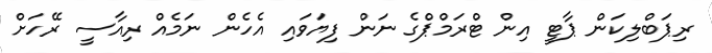
ރިޕަބްލިކަން ޕާޓީ އިން ޓްރަމްޕްގެ ނަން ފިޔަވައި އެހެން ނަމެއް ރިއާސީ ރޭހަށް